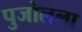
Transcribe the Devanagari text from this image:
पुजोलला